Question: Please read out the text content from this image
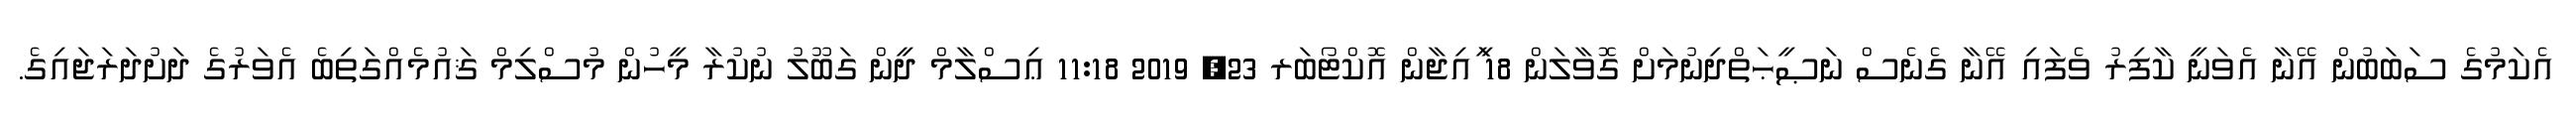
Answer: އެކަމުގެ ސަބަބުން އޭނާ އެވަނީ ކާފިރު ވެފައި އޭނާ ގެނެސް ނަޞީޙަތްދިނުމަށް ގޮވާލަން 18 ީަައިޖާން އޮކްޓޯބަރ 23, 2019 11:18 ޢިސްލާމް ދީން ގަބޫލު ނުކުރާ މީހުން މުސްލިމް ޤައުމެއްގަތިބެ އެވަރުގެ ދަށުދަރަޖައިގެ.